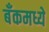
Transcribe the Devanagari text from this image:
बँकमध्ये